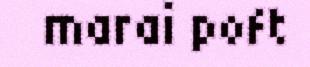
marai poft